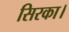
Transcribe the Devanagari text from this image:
सिरका।